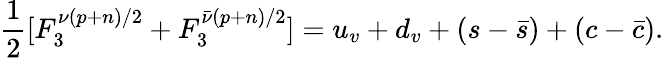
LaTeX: \frac{1}{2}[F_{3}^{\nu(p+n)/2}+F_{3}^{\bar{\nu}(p+n)/2}]=u_{v}+d_{v}+(s-\bar{s})+(c-\bar{c}).